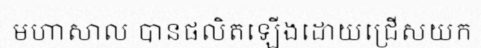
មហាសាល បានផលិតឡើងដោយជ្រើសយក